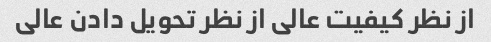
از نظر کیفیت عالی از نظر تحویل دادن عالی